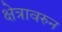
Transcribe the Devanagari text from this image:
क्षेत्रावरुन